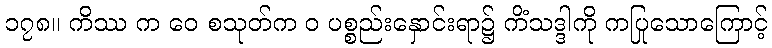
၁၇၈။ ကိဿ က ဝေ စသုတ်က ဝ ပစ္စည်းနှောင်းရာ၌ ကိံသဒ္ဒါကို ကပြုသောကြောင့်